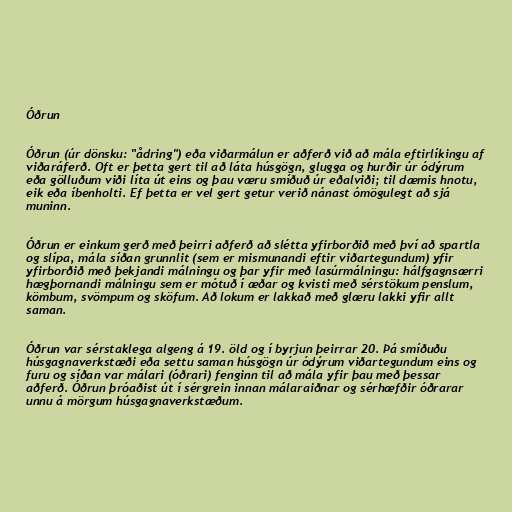
Óðrun

Óðrun (úr dönsku: "ådring") eða viðarmálun er aðferð við að mála eftirlíkingu af
viðaráferð. Oft er þetta gert til að láta húsgögn, glugga og hurðir úr ódýrum
eða gölluðum viði líta út eins og þau væru smíðuð úr eðalviði; til dæmis hnotu,
eik eða íbenholti. Ef þetta er vel gert getur verið nánast ómögulegt að sjá
muninn.

Óðrun er einkum gerð með þeirri aðferð að slétta yfirborðið með því að spartla
og slípa, mála síðan grunnlit (sem er mismunandi eftir viðartegundum) yfir
yfirborðið með þekjandi málningu og þar yfir með lasúrmálningu: hálfgagnsærri
hægþornandi málningu sem er mótuð í æðar og kvisti með sérstökum penslum,
kömbum, svömpum og sköfum. Að lokum er lakkað með glæru lakki yfir allt
saman.

Óðrun var sérstaklega algeng á 19. öld og í byrjun þeirrar 20. Þá smíðuðu
húsgagnaverkstæði eða settu saman húsgögn úr ódýrum viðartegundum eins og
furu og síðan var málari (óðrari) fenginn til að mála yfir þau með þessar
aðferð. Óðrun þróaðist út í sérgrein innan málaraiðnar og sérhæfðir óðrarar
unnu á mörgum húsgagnaverkstæðum.